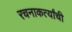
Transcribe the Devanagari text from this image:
रचनाकर्त्यांची